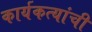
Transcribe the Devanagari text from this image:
कार्यकत्यांची